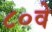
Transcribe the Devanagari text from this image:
८०वे